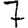
Digit: 7